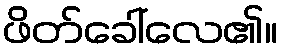
ဖိတ်ခေါ်လေ၏။